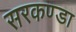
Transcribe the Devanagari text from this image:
सरकण्डा